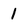
Character: 1